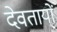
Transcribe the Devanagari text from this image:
देवतायों